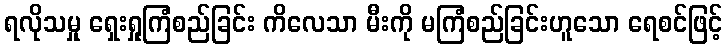
ရလိုသမှု ရှေးရှုကြံစည်ခြင်း ကိလေသာ မီးကို မကြံစည်ခြင်းဟူသော ရေစင်ဖြင့်